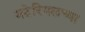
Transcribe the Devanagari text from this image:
मटेरियलच्या